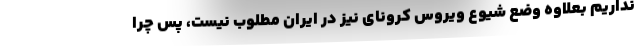
نداریم بعلاوه وضع شیوع ویروس کرونای نیز در ایران مطلوب نیست، پس چرا